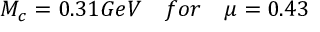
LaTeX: M _ { c } = 0 . 3 1 G e V ~ ~ ~ f o r ~ ~ ~ \mu = 0 . 4 3